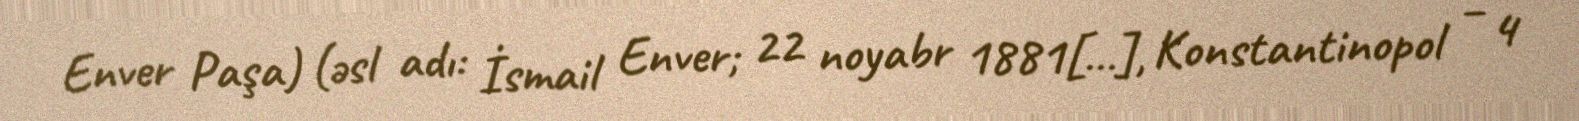
Enver Paşa) (əsl adı: İsmail Enver; 22 noyabr 1881[…], Konstantinopol – 4